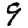
Digit: 9